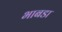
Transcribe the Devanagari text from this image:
भाबडा